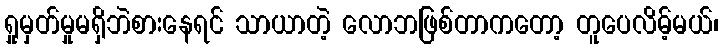
ရှုမှတ်မှုမရှိဘဲစားနေရင် သာယာတဲ့ လောဘဖြစ်တာကတော့ တူပေလိမ့်မယ်၊